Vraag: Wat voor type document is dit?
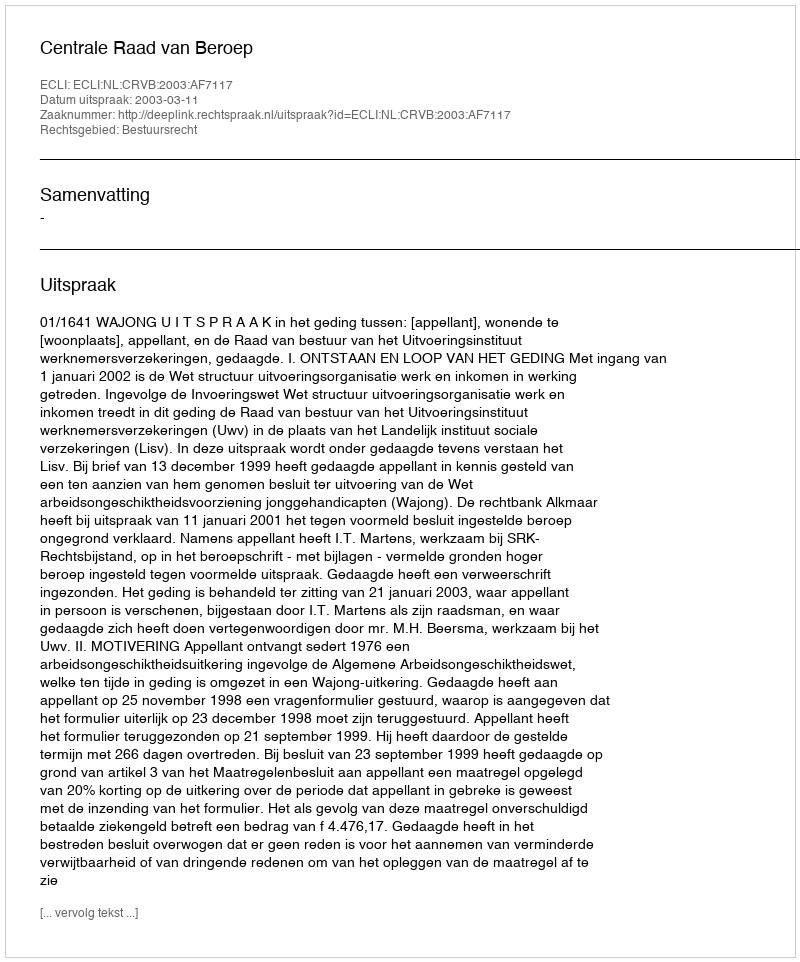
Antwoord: Uitspraak